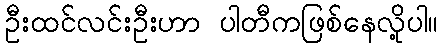
ဦးထင်လင်းဦးဟာ ပါတီကဖြစ်နေလို့ပါ။